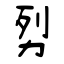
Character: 劽